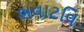
ભવાટવિ